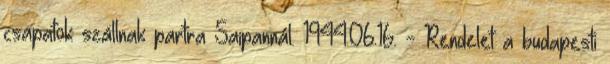
csapatok szállnak partra Saipannál. 1944.06.16. - Rendelet a budapesti